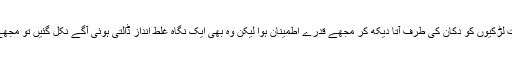
دو ایک خوبصورت لڑکیوں کو دُکان کی طرف آتا دیکھ کر مجھے قدرے اطمینان ہوا لیکن وہ بھی ایک نگاہ غلط انداز ڈالتی ہوئی آگے نکل گئیں تو مجھے کوفت سی ہوئی۔